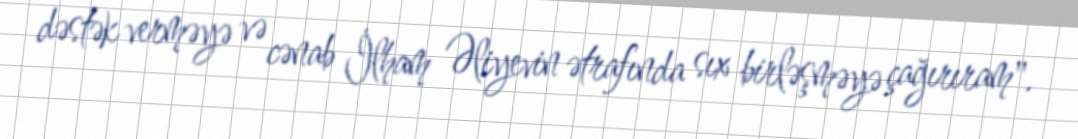
dəstək verməyə və cənab İlham Əliyevin ətrafında sıx birləşməyə çağırıram".